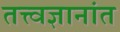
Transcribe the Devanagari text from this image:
तत्त्वज्ञानांत